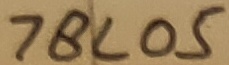
Text: 78L05